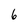
Character: 6